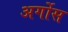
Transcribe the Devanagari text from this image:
अर्गोस